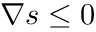
\ensuremath { \nabla } s \leq 0